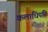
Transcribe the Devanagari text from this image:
कलाधिपति